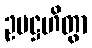
ဥပဋ္ဌဟိတွာ